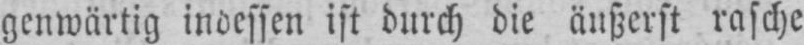
genwärtig indessen ist durch die äußerst rasche